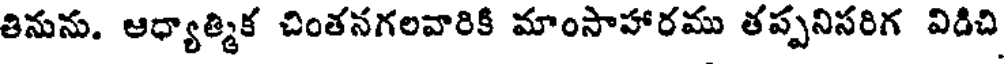
తినును. ఆధ్యాత్మిక చింతనగలవారికి మాంసాహారము తప్పనిసరిగ విడిచి